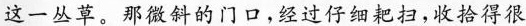
这一丛草。那微斜的门口，经过仔细耙扫，收拾得很